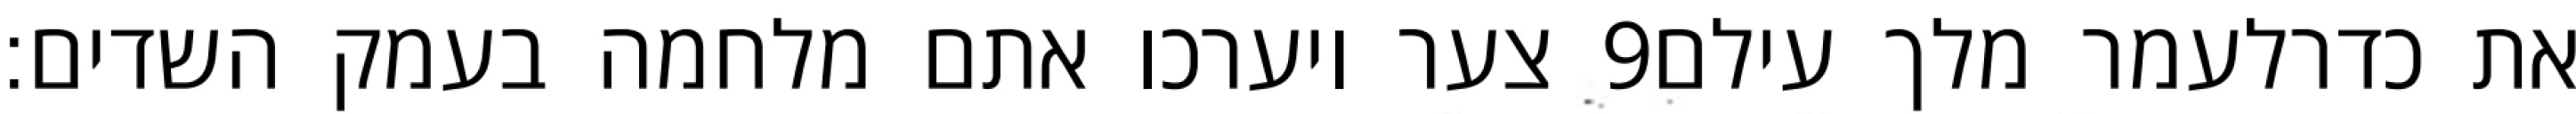
צער ויערכו אתם מלחמה בעמק השדים׃ ‎9‏ את כדרלעמר מלך עילם